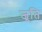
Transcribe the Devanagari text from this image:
जूति